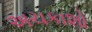
અચકાશો